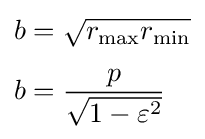
{\begin{aligned}b&={\sqrt {r_{\max }r_{\min }}}\\[3pt]b&={\frac {p}{\sqrt {1-\varepsilon ^{2}}}}\end{aligned}}